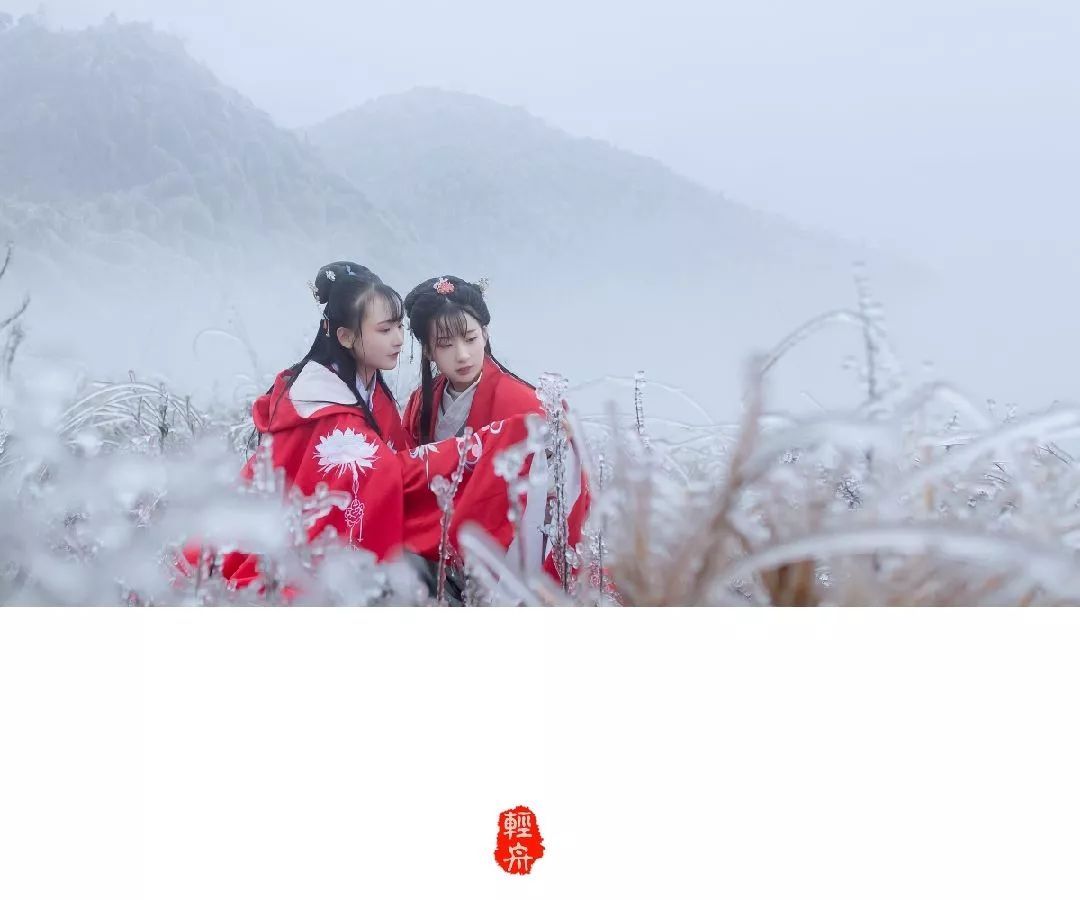
迎醉面，暮雪飞花，几点黛愁山暝。